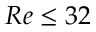
R e \le 3 2